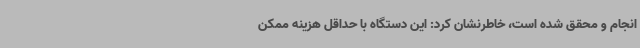
انجام و محقق شده است، خاطرنشان کرد: این دستگاه با حداقل هزینه ممکن